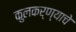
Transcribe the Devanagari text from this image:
कुलकर्ण्याचे